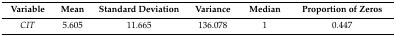
<table><thead><tr><td><b>Variable</b></td><td><b>Mean</b></td><td><b>Standard Deviation</b></td><td><b>Variance</b></td><td><b>Median</b></td><td><b>Proportion of Zeros</b></td></tr></thead><tbody><tr><td><i>CIT</i></td><td>5.605</td><td>11.665</td><td>136.078</td><td>1</td><td>0.447</td></tr></tbody></table>